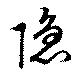
隠